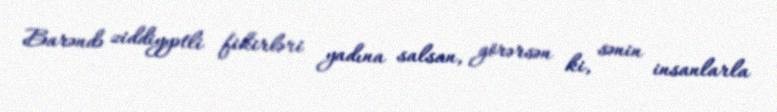
Barəndə ziddiyyətli fikirləri yadına salsan, görərsən ki, sənin insanlarla